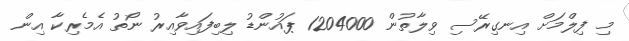
މި ފިލްމަށް އިނގިރޭސި ވިލާތުން 1204000 ޕައުންޑު ލިބިފައިވާއިރު ނޯތު އެމެރިކާ އިން